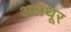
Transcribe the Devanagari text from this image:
अलथूर